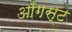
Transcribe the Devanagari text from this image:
आँगस्ट